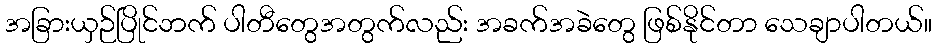
အခြားယှဉ်ပြိုင်ဘက် ပါတီတွေအတွက်လည်း အခက်အခဲတွေ ဖြစ်နိုင်တာ သေချာပါတယ်။